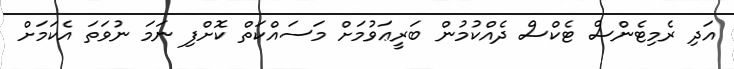
އަދި ރެމިޓެންސް ޓެކްސް ދެއްކުމުން ބަރީޢަވުމަށް މަސައްކަތް ކޮށްފި ނަމަ ނުވަތަ އެކަމަށް